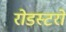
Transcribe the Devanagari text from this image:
रोडस्टरों